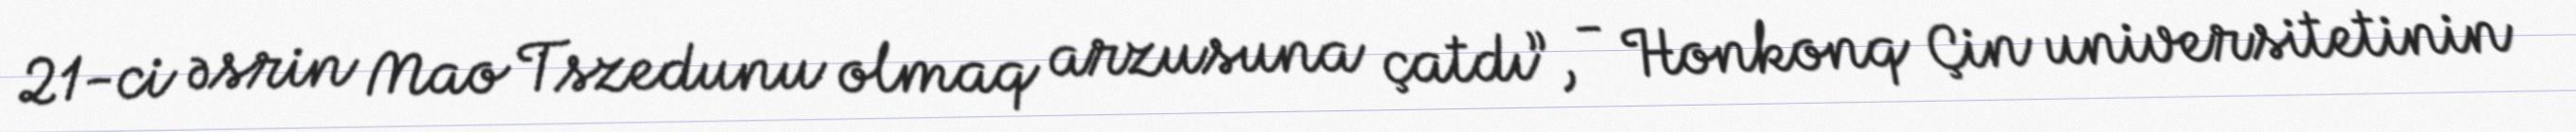
21-ci əsrin Mao Tszedunu olmaq arzusuna çatdı”, - Honkonq Çin universitetinin